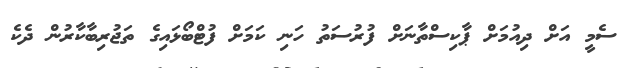
ސެމީ އަށް ދިއުމަށް ޕާކިސްތާނަށް ފުރުސަތު ހަނި ކަމަށް ފުޓްބޯޅައިގެ ތަޖުރިބާކާރުން ދެކެ